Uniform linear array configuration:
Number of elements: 16
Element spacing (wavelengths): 0.75
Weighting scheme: cosine
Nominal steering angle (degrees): -45
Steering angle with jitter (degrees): -44.659
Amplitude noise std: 0.05
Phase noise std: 0.05

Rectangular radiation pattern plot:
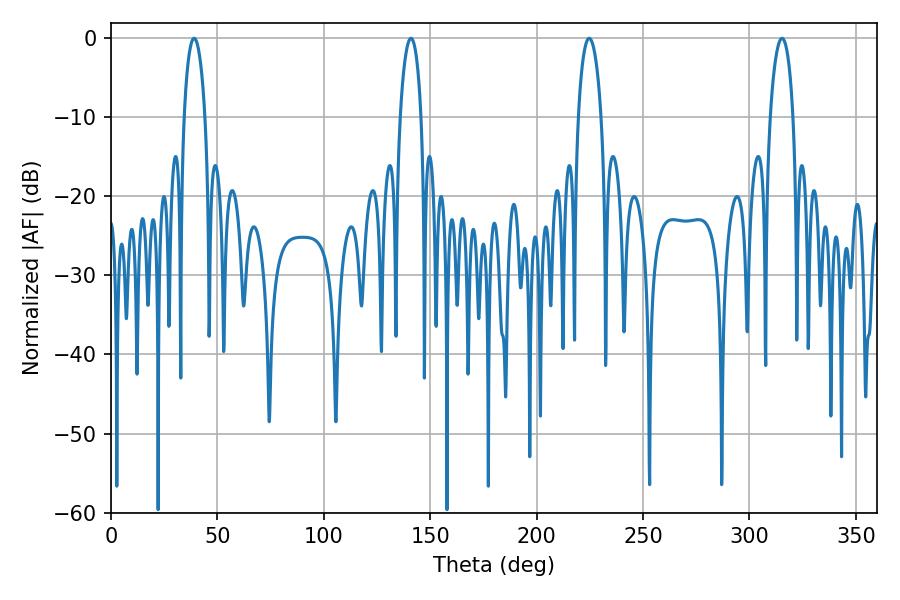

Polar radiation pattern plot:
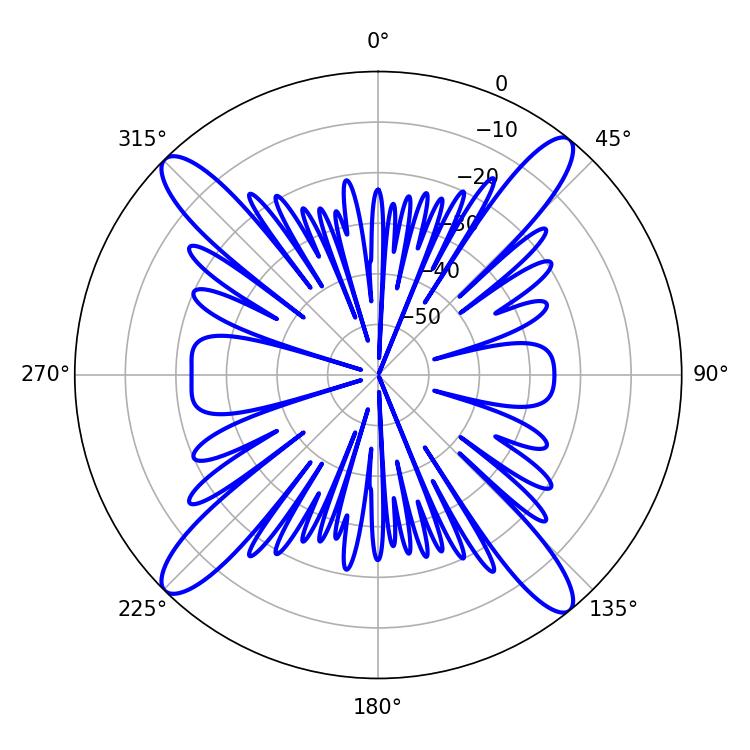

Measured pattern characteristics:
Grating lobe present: TRUE
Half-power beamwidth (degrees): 5.58
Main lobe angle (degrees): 39.06